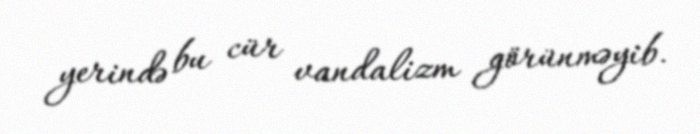
yerində bu cür vandalizm görünməyib.